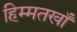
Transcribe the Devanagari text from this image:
हिम्मतखाँ